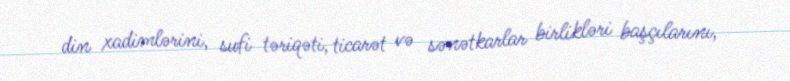
din xadimlərini, sufi təriqəti, ticarət və sənətkarlar birlikləri başçılarını,